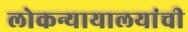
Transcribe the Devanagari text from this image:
लोकन्यायालयांची